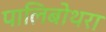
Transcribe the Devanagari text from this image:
पालिबोथरा